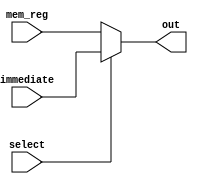
`timescale 1ns / 1ps

module im_mux (
		input [31:0] mem_reg,
		input [31:0] immediate,
		input select,
		output [31:0] out
			   );
	assign out = select ? immediate : mem_reg;
endmodule